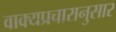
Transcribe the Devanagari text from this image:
वाक्यप्रचारानुसार